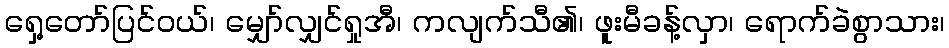
ရှေ့တော်ပြင်ဝယ်၊ မျှော်လျှင်ရှုအီ၊ ကလျက်သီ၏၊ ဖူးမီခန့်လှာ၊ ရောက်ခဲစွာသား၊